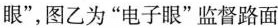
眼”，图乙为”电子眼”监督路面